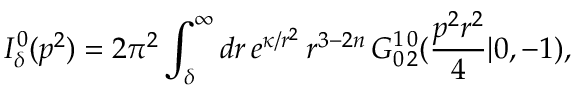
I _ { \delta } ^ { 0 } ( p ^ { 2 } ) = 2 \pi ^ { 2 } \int _ { \delta } ^ { \infty } d r \, e ^ { \kappa / r ^ { 2 } } \, r ^ { 3 - 2 n } \, G _ { 0 \, 2 } ^ { 1 \, 0 } ( \frac { p ^ { 2 } r ^ { 2 } } 4 | 0 , - 1 ) ,